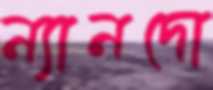
ন্যানদো